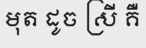
មុត ដូច ស្រី គឺ